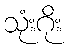
သုံးဂိုး